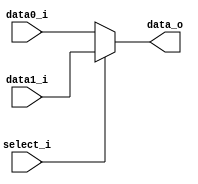
`timescale 1ns / 1ps
//////////////////////////////////////////////////////////////////////////////////
// Company: 
// Engineer: 
// 
// Design Name: 
// Module Name: MUX_2to1
// Project Name: 
// Target Devices: 
// Tool Versions: 
// Description: 
// 
// Dependencies: 
// 
// Revision:
// Revision 0.01 - File Created
// Additional Comments:
// 
//////////////////////////////////////////////////////////////////////////////////


module MUX_2to1(
               data0_i,
               data1_i,
               select_i,
               data_o
    );
    
parameter size = 0;	    

			
//I/O ports               
input	[size-1:0]   data0_i;          
input	[size-1:0]   data1_i;
input   			 select_i;

output	[size-1:0]   data_o; 

//Internal Signals
//reg     [size-1:0] data_o;

//Main function
assign data_o = (select_i == 1'b0) ? data0_i : data1_i;

endmodule